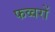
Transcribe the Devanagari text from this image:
फव्‍वरों